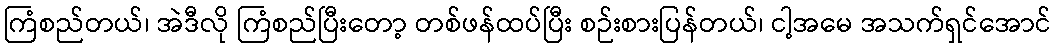
ကြံစည်တယ်၊ အဲဒီလို ကြံစည်ပြီးတော့ တစ်ဖန်ထပ်ပြီး စဉ်းစားပြန်တယ်၊ ငါ့အမေ အသက်ရှင်အောင်